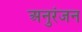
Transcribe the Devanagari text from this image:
अनुरंजन